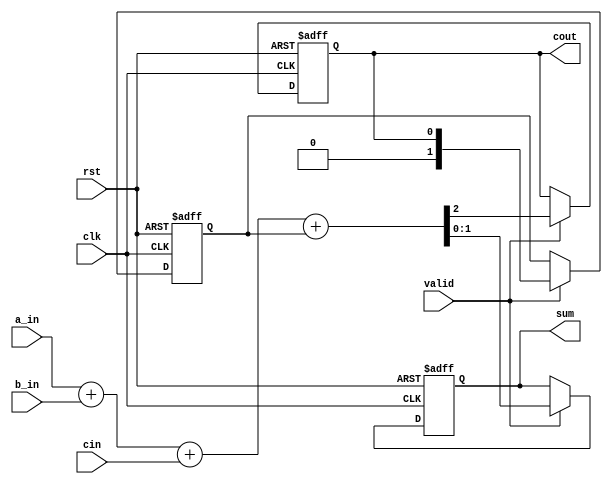
module CarrySaveAdder(
    input wire clk,         // Clock signal
    input wire rst,         // Reset signal
    input wire a_in,        // Serial input A
    input wire b_in,        // Serial input B
    input wire cin,         // Carry-in
    input wire valid,       // Signal to indicate a valid input
    output reg [1:0] sum,   // Sum output (2 bits for Carry-Save representation)
    output reg cout         // Carry output
);

    // Internal registers to store carry and previous inputs
    reg [1:0] carry;  // Intermediate carry storage

    always @(posedge clk or posedge rst) begin
        if (rst) begin
            sum <= 2'b00;  // Reset sum
            carry <= 2'b00; // Reset carry
            cout <= 0;      // Reset carry out
        end else if (valid) begin
            // Compute sum and carry based on the inputs
            // Using Carry Save logic
            {cout, sum} <= (a_in + b_in + cin) + carry; 
            // Update the carry for the next operation
            carry <= {1'b0, cout}; // Store carry for next addition
        end
    end

endmodule